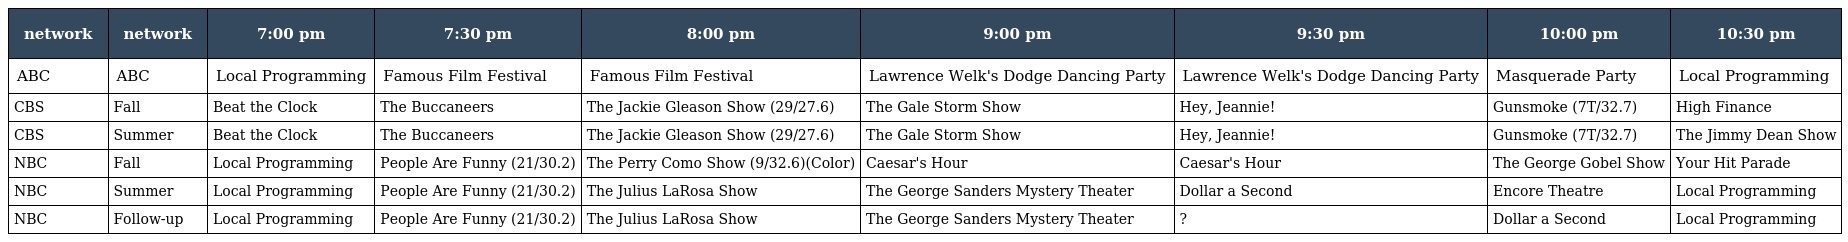
| network | network | 7:00 pm | 7:30 pm | 8:00 pm | 9:00 pm | 9:30 pm | 10:00 pm | 10:30 pm |
 | --- | --- | --- | --- | --- | --- | --- | --- | --- |
 | ABC | ABC | Local Programming | Famous Film Festival | Famous Film Festival | Lawrence Welk's Dodge Dancing Party | Lawrence Welk's Dodge Dancing Party | Masquerade Party | Local Programming |
 | CBS | Fall | Beat the Clock | The Buccaneers | The Jackie Gleason Show (29/27.6) | The Gale Storm Show | Hey, Jeannie! | Gunsmoke (7T/32.7) | High Finance |
 | CBS | Summer | Beat the Clock | The Buccaneers | The Jackie Gleason Show (29/27.6) | The Gale Storm Show | Hey, Jeannie! | Gunsmoke (7T/32.7) | The Jimmy Dean Show |
 | NBC | Fall | Local Programming | People Are Funny (21/30.2) | The Perry Como Show (9/32.6)(Color) | Caesar's Hour | Caesar's Hour | The George Gobel Show | Your Hit Parade |
 | NBC | Summer | Local Programming | People Are Funny (21/30.2) | The Julius LaRosa Show | The George Sanders Mystery Theater | Dollar a Second | Encore Theatre | Local Programming |
 | NBC | Follow-up | Local Programming | People Are Funny (21/30.2) | The Julius LaRosa Show | The George Sanders Mystery Theater | ? | Dollar a Second | Local Programming |